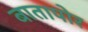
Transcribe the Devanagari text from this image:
बातापोर